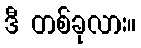
ဒီ တစ်ခုလား။